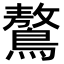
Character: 鷔